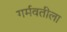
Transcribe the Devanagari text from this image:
गर्मवतीला